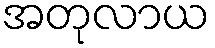
အတုလာယ